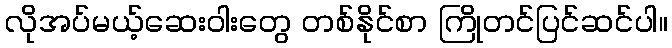
လိုအပ်မယ့်ဆေးဝါးတွေ တစ်နိုင်စာ ကြိုတင်ပြင်ဆင်ပါ။